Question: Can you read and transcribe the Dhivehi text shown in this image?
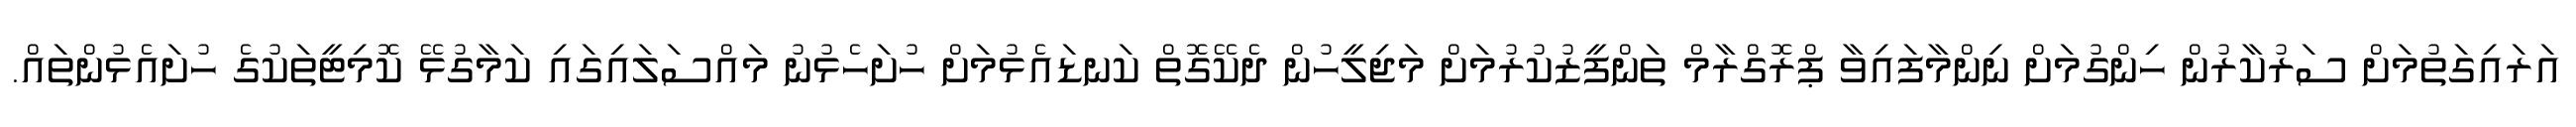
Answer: އަރައިގަތުމަށް ސަރުކާރުން ހިންގުމަށް ނިންމާފައިވާ ޕްރޮގްރާމް ތަންފީޒުކުރުމަށް މަޖިލީހުން ދެކޭގޮތް ކަނޑައެޅުމަށް ހުށަހެޅުނު މައްސަލައިގައި ކަމާގުޅޭ ކޮމިޓީތަކުގެ ހުށައެޅުންތައް.